Medical and sanitary report of the native army of Bengal for the year
Year: 1876
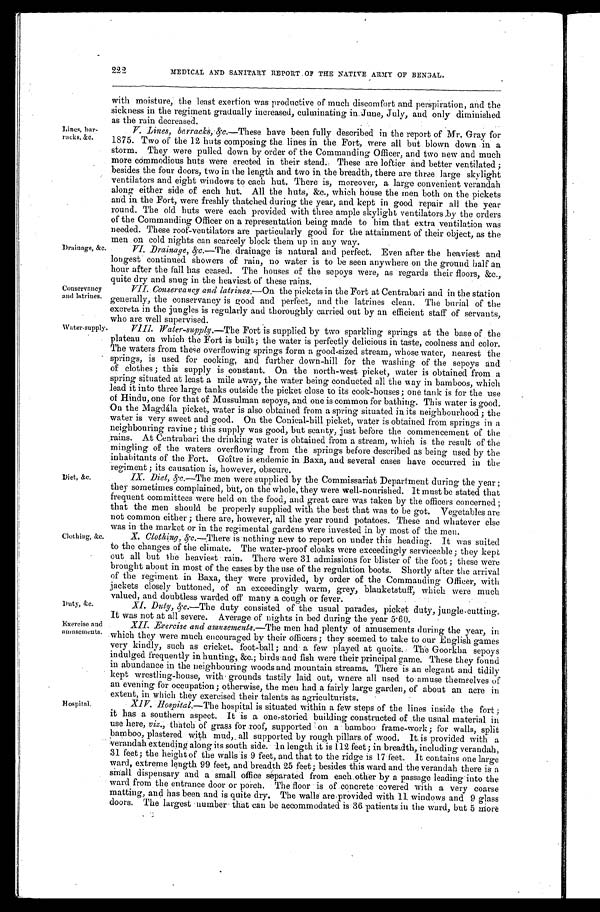
Duty, &c.
Exercise and
amu se me n ts
222
MEDICAL AND SANITARY REPORT OF THE NATIVE ARMY OF BENGAL.
Lines, bar-
racks, &c.
with moisture, the least exertion was productive of much discomfort and perspiration, and the
sickness in the regiment gradually increased, culminating in June, July, and only diminished
as the rain decreased.
. V. Lines, barracks, &c.—These have been fully described in the report of Mr. Gray for
1875. Two of the 12 huts composing the lines in the Fort, were all but blown down in a
storm. They were pulled down by order of the Commanding Officer, and two new and much
more commodious huts were erected in their stead. These are loftier and better ventilated ;
besides the four doors, two in the length and two in the breadth, there are three large skylight
vent i l at ors and ei ght wi ndows t o each hut . There i s, moreover, a l arge conveni ent verandah
along either side of each hut. All the huts, &c., which house the men both on the pickets
and in the Fort, were freshly thatched during the year, and kept in good repair all the year
round. The old huts were each provided with three ample skylight ventilators by the orders
of the Commanding Officer on a representation being made to him that extra ventilation was
needed. These roof-ventilators are particularly good for the attainment of their object, as the
men on cold nights can scarcely block them up in any way.
Drainage, &c.
Conservancy
and latrines
Water supply
Diet, &c.
Clothing, &c.
Hospital.
VI. Drainage, &c.—The drainage is natural and perfect. Even after the heaviest and
longest continued showers of rain, no water is to be seen anywhere on the ground half an
hour after the fall has ceased. The houses of the sepoys were, as regards their floors, &c.,
quite dry and snug in the heaviest of these rains.
VII. Conservancy and latrines. —On the pickets in the Fort at Centrabari and in the station
generally, the conservancy is good and perfect, and the latrines clean. The burial of the
excreta in the jungles is regularly and thoroughly carried out by an efficient staff of servants,
who are well supervised.
VIII. Water-supply. —The Fort is supplied by two sparkling springs at the base of the
plateau on which the Fort is built; the water is perfectly delicious in taste, coolness and color.
The waters from these overflowing springs form a good sized stream, whose water, nearest the
springs, is used for cooking, and further down-hill for the washing of the sepoys and
of clothes ; this supply is constant. On the north-west picket, water is obtained from a
spring situated at least a mile away, the water being conducted all the Way in bamboos, which
lead it into three large tanks outside the picket close to its cook-houses; one tank is for the use
of Hi ndu, one f or t hat of Mussul man, . sepoys, and one i s common f or bat hi ng. Thi s wat er i s good.
On the Magdála picket, water is also obtained from a spring situated in its neighbourhood ; the
water is very sweet and good. On the Conical-hill picket, water is obtained from springs in a
neighbouring ravine; this supply was good, but scanty, just before the commencement of the
rains. At Centrabari the drinking water is obtained from a stream, which is the result of the
mingling of the waters overflowing from the springs before described as being used by the
inhabitants of the Fort. Goître is endemic in Baxa, and several cases have occurred in the
regiment ; its causation is, however, obscure.
IX. Diet, &c.—The men were supplied by the Commissariat Department during the year ;
they sometimes complained, but, on the whole, they were well-nourished. It must be stated that
frequent committees were held on the food, and great care was taken by the officers concerned ;
that the men should be properly supplied with the best that was to be got. Vegetables are
not common either ; there are, however, all the year round potatoes. These and whatever else
was in the market or in the regimental gardens were invested in by most of the men.
X. Clothing, &c.—There is nothing new to report on under this heading. It was suited
to the changes of the climate. The water-proof cloaks were exceedingly serviceable; they kept
out all but the heaviest rain. There were 31 admissions for blister of the foot ; these were
brought about in most of the cases by the use of the regulation boots. Shortly alter the arrival
of the regiment in Baxa, they were provided, by order of the Commanding Officer, with
jackets closely buttoned, of an exceedingly warm, grey, blanketstuff, which were much
valued, and doubtless warded off many a cough or fever.
X1. Duty, &c.—The duty consisted of the usual parades, picket duty, jungle cutting.
It was not at all severe. Average of nights in bed during the year 5.60.
XII. Exercise and amusements.—The men had plenty of amusements during the year, in
which they were much encouraged by their officers ; they seemed to take to our English games
very kindly, such as cricket. foot-ball ; and a few played at quoits. The Goorkha sepoys
indulged frequently in hunting, &c.; birds and fish were their principal game. These they found
in abundance in the neighbouring woods and mountain streams. There is an elegant and tidily
kept wrestling-house, with grounds tastily laid out, where all used to amusehemselves of
an evening for occupation ; otherwise, the men had a fairly large garden, of about an acre in
extent, in which they exercised their talents as agriculturists.
X I V . H o s p i t a l .
— T h e
h o s p i t a l i s s i t u a t e d w i t h i n a f e w s t e p s o f t h e l i n e s i n s i d e t h e f o r t ;
it has a southern aspect. It is a one-storied building constructed of the usual material in
use here, viz., thatch of grass for roof, supported on a bamboo frame-work ; for walls, split
bamboo, plastered with mud, all supported by rough pillars of wood. It is provided with a
verandah extending along its south side. In length it is 112 feet ; in breadth, including verandah,
31 feet; the height of the walls is 9 feet, and that to the ridge is 17 feet. It contains one large
ward, extreme length 99 feet, and breadth 25 feet; besides this ward and the verandah there is a
small dispensary and a small office separated from each other by a passage leading into the
ward from the entrance door or porch. The floor is of concrete covered with a very coarse
matting, and has been and is quite dry. The walls are provided with 11 windo ws and 9 glass
doors. The largest number that can be accommodated is 36 patients in the ward, but 5 more